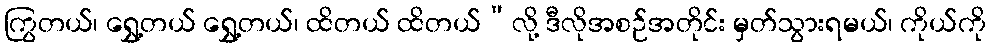
ကြွတယ်၊ ရွှေ့တယ် ရွှေ့တယ်၊ ထိတယ် ထိတယ်”လို့ ဒီလိုအစဉ်အတိုင်း မှတ်သွားရမယ်၊ ကိုယ်ကို